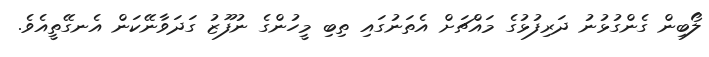
ލޯބިން ގެންގުޅުނު ދަރިފުޅުގެ މައްޗަށް އެތަނުގައި ތިބި މީހުންގެ ނުފޫޒު ގަދަވާނޭކަން އެނގޭތީއެވެ.